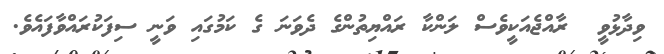
ވިދާޅުވީ  ރާއްޖެއަކީވެސް ލަންކާ ރައްޔިތުންގެ ދެވަނަ ގެ ކަމުގައި ވަނީ ސިފަކުރައްވާފައެވެ.